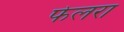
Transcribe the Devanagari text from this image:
फेलरा